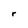
Character: r